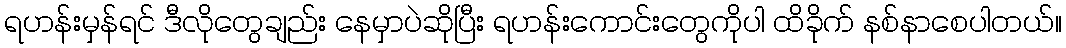
ရဟန်းမှန်ရင် ဒီလိုတွေချည်း နေမှာပဲဆိုပြီး ရဟန်းကောင်းတွေကိုပါ ထိခိုက် နစ်နာစေပါတယ်။